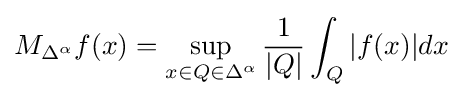
M_{\Delta ^{\alpha }}f(x)=\sup _{x\in Q\in \Delta ^{\alpha }}{\frac {1}{|Q|}}\int _{Q}|f(x)|dx